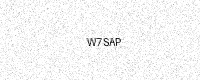
Text: W7SAP